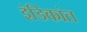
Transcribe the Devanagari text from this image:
इंडिकांत